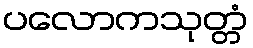
ပလောကသုတ္တံ